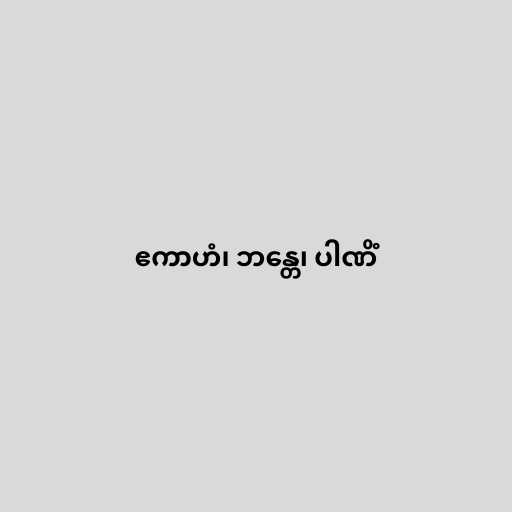
ဧကာဟံ၊ ဘန္တေ၊ ပါဏိံ